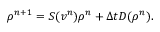
\rho ^ { n + 1 } = S ( v ^ { n } ) \rho ^ { n } + \Delta t D ( \rho ^ { n } ) .